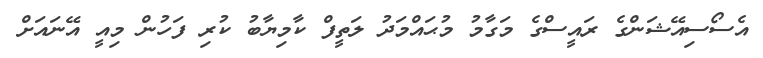
އެސޯސިއޭޝަންގެ ރައީސްގެ މަގާމު މުޙައްމަދު ލަތީފް ކާމިޔާބު ކުރި ފަހުން މިއީ އޭނައަށް